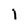
Character: l